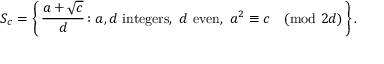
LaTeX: S _ { c } = \left\{ \, { \frac { a + { \sqrt { c } } } { d } } \colon a , d { \mathrm { ~ i n t e g e r s , ~ } } d { \mathrm { ~ e v e n } } , \, \, a ^ { 2 } \equiv c { \pmod { 2 d } } \, \right\} .